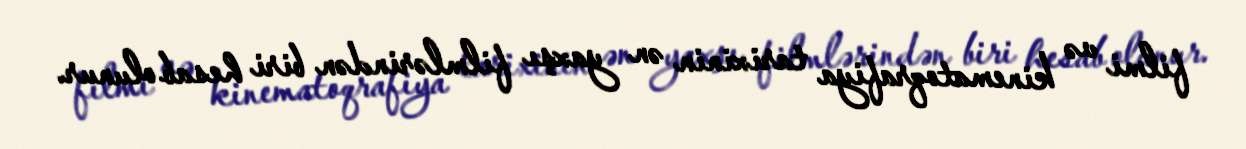
filmi və kinematoqrafiya tarixinin ən yaxşı filmlərindən biri hesab olunur.